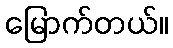
မြောက်တယ်။